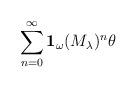
LaTeX: \begin{align*}\displaystyle \sum_{n=0}^\infty \mathbf{1}_\omega(M_\lambda)^n \theta\end{align*}